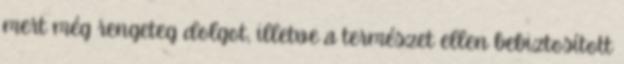
mert még rengeteg dolgot, illetve a természet ellen bebiztosított